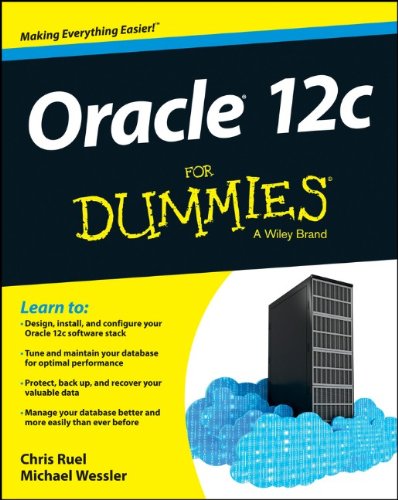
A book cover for Oracle 12c For Dummies; Chris Ruel; Computers & Technology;